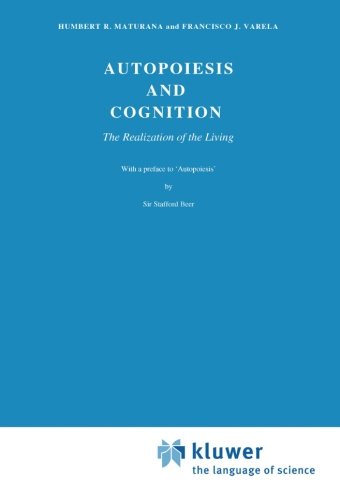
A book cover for Autopoiesis and Cognition: The Realization of the Living (Boston Studies in the Philosophy of Science, Vol. 42); H.R. Maturana; Politics & Social Sciences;